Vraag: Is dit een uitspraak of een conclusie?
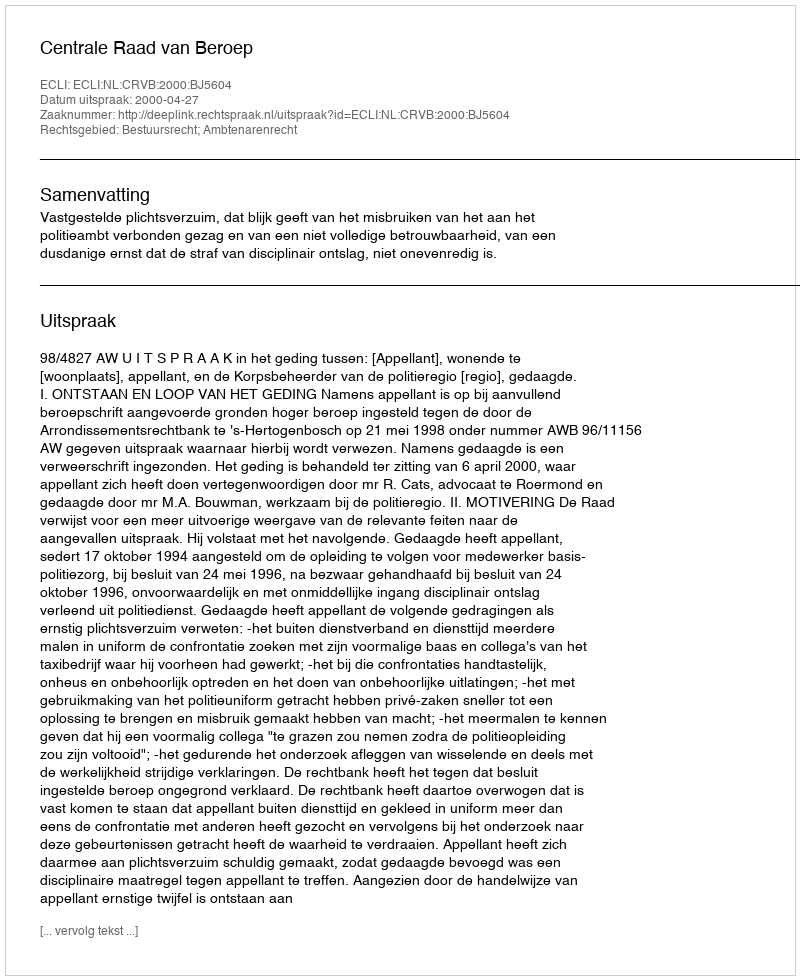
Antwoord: Uitspraak